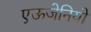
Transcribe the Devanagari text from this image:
एऊजेनियो